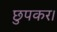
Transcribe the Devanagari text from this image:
छुपकर।